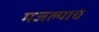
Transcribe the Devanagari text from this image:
मजल्याचं